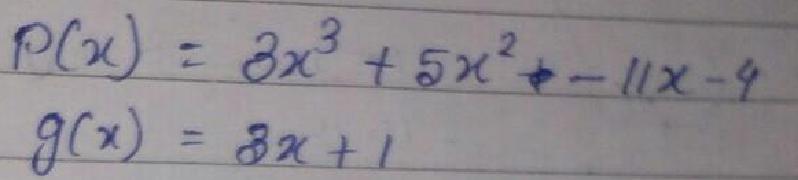
\begin{align*}
P(x)&=3x^{3}+5x^{2}- 11x - 4\\
g(x)&=3x + 1
\end{align*}